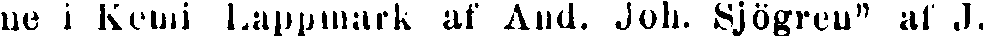
ne i Kemi Lappmark af And. Joh. Sjögren" af J.